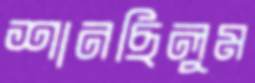
শানছিলুম